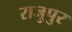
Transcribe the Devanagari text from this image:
राजुपुर